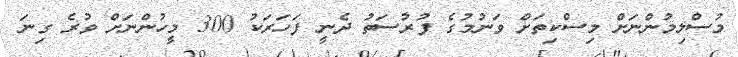
މުސްލިމުންނަށް މިސްކިތަށް ވަނުމުގެ ފުރުސަތު ދެނީ ފަހަރަކު 300 މީހުންނަށް ވުރެ ގިނަ